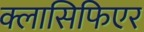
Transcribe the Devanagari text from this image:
क्लासिफिएर